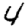
Digit: 4